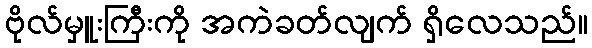
ဗိုလ်မှူးကြီးကို အကဲခတ်လျက် ရှိလေသည်။